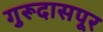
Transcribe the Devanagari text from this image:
गुरूदासपूर